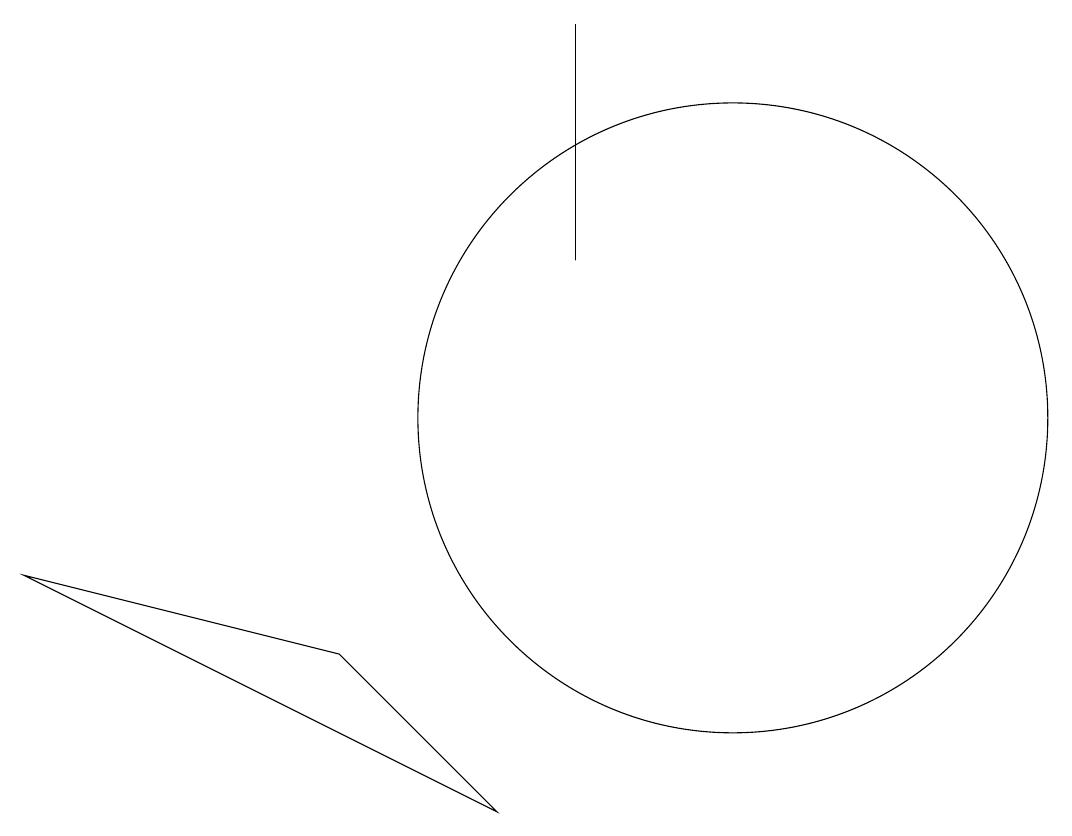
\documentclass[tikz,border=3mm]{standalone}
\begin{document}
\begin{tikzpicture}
\draw (10,10) circle (4);
\draw (10,10) circle (0);
\draw (1,8) -- (7,5) -- (5,7) -- cycle;
\draw (8,15) rectangle (8,12);
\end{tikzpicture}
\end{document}